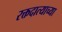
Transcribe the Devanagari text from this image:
रक्तदात्याच्या